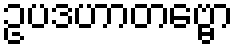
ဥပဒဟာတဗ္ဗော